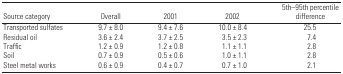
| Source category | Overall | 2001 | 2002 | 5th–95th percentile difference |
 | --- | --- | --- | --- | --- |
 | Transported sulfates | 9.7 ± 8.0 | 9.4 ± 7.6 | 10.0 ± 8.4 | 25.5 |
 | Residual oil | 3.6 ± 2.4 | 3.7 ± 2.5 | 3.5 ± 2.3 | 7.4 |
 | Traffic | 1.2 ± 0.9 | 1.2 ± 0.8 | 1.1 ± 1.1 | 2.8 |
 | Soil | 0.7 ± 0.9 | 0.5 ± 0.6 | 1.0 ± 1.1 | 2.8 |
 | Steel metal works | 0.6 ± 0.9 | 0.4 ± 0.7 | 0.7 ± 1.0 | 2.1 |